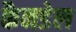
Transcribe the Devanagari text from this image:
कैनडेल